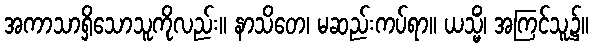
အကာသာရှိသောသူကိုလည်း။ နာသိတေ၊ မဆည်းကပ်ရာ။ ယသ္မိံ၊ အကြင်သူ၌။